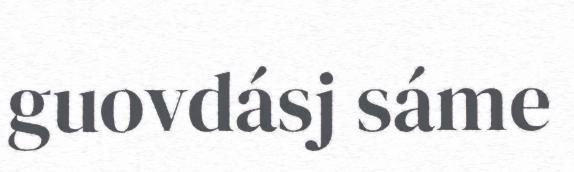
guovdásj sáme